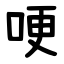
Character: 哽